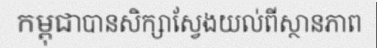
កម្ពុជាបានសិក្សាស្វែងយល់ពីស្ថានភាព